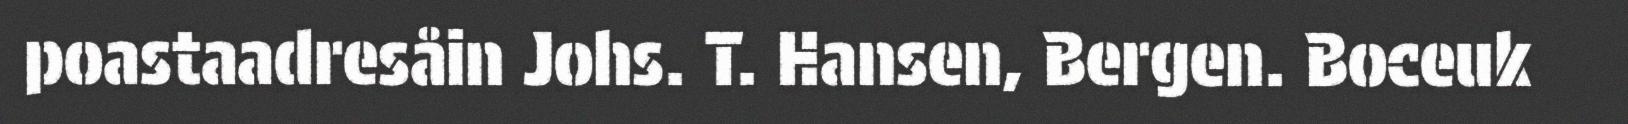
poastaadresåin Johs. T. Hansen, Bergen. Boceuk